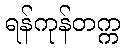
ရန်ကုန်တက္က